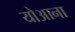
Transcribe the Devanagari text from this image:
योआना